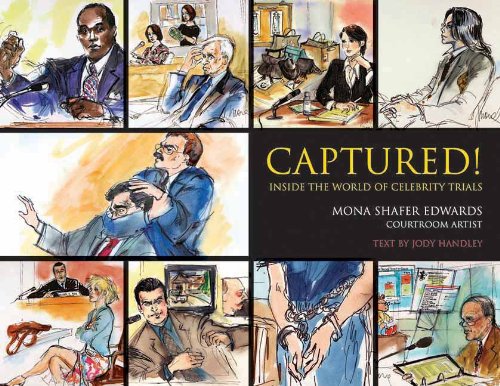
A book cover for Captured!: Inside the World of Celebrity Trials; Mona Shafer Edwards; Law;